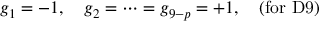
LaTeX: g _ { 1 } = - 1 , \quad g _ { 2 } = \cdots = g _ { 9 - p } = + 1 , \quad \mathrm { ( f o r ~ D 9 ) }